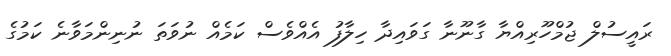
ރައީސުލް ޖުމްހޫރިއްޔާ ގާނޫނާ ގަވައިދާ ހިލާފު އެއްވެސް ކަމެއް ނުވަތަ ނުނިންމަވާނެ ކަމުގެ